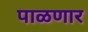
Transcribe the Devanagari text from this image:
पाळणार